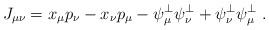
LaTeX: \begin{align*} J_{\mu\nu} = x_\mu p_\nu - x_\nu p_\mu - \psi^\perp_\mu \psi^\perp_\nu + \psi^\perp_\nu \psi^\perp_\mu \ .\end{align*}